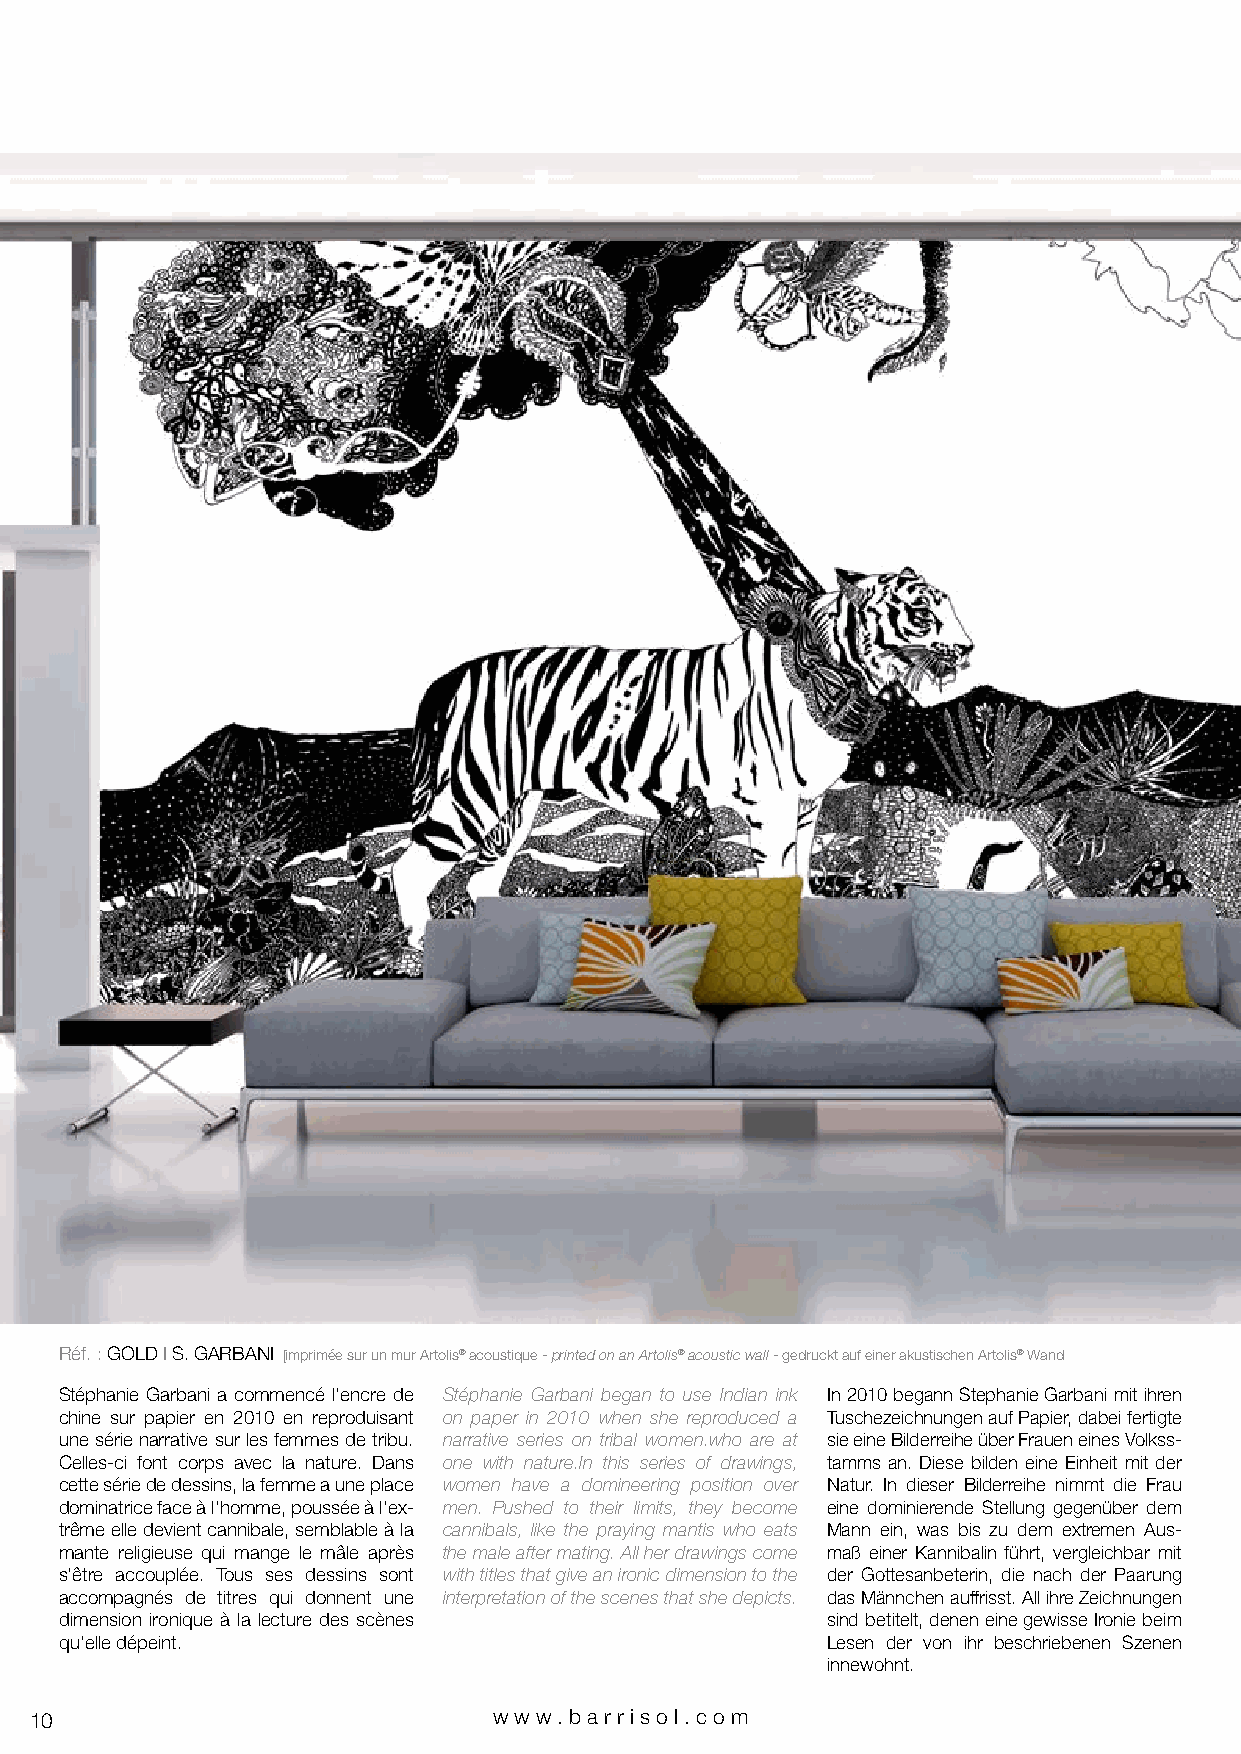
Réf. : GOLD I S. GARBANI [imprimée sur un mur Artolis® acoustique - printed on an Artolis® acoustic wall - gedruckt auf einer akustischen Artolis® Wand
 Stéphanie Garbani a commencé l’encre de Stéphanie Garbani began to use Indian ink In 2010 begann Stephanie Garbani mit ihren
 chine sur papier en 2010 en reproduisant on paper in 2010 when she reproduced a Tuschezeichnungen auf Papier, dabei fertigte
 une série narrative sur les femmes de tribu. narrative series on tribal women.who are at sie eine Bilderreihe über Frauen eines Volkss-
 Celles-ci font corps avec la nature. Dans one with nature.In this series of drawings, tamms an. Diese bilden eine Einheit mit der
 cette série de dessins, la femme a une place women have a domineering position over Natur. In dieser Bilderreihe nimmt die Frau
 dominatrice face à l’homme, poussée à l’ex- men. Pushed to their limits, they become eine dominierende Stellung gegenüber dem
 trême elle devient cannibale, semblable à la cannibals, like the praying mantis who eats Mann ein, was bis zu dem extremen Aus-
 mante religieuse qui mange le mâle après the male after mating. All her drawings come maß einer Kannibalin führt, vergleichbar mit
 s’être accouplée. Tous ses dessins sont with titles that give an ironic dimension to the der Gottesanbeterin, die nach der Paarung
 accompagnés de titres qui donnent une interpretation of the scenes that she depicts. das Männchen auffrisst. All ihre Zeichnungen
 dimension ironique à la lecture des scènes         sind betitelt, denen eine gewisse Ironie beim
 qu’elle dépeint.                                   Lesen der von ihr beschriebenen Szenen
 innewohnt.
 10                             www.bar riso l. com